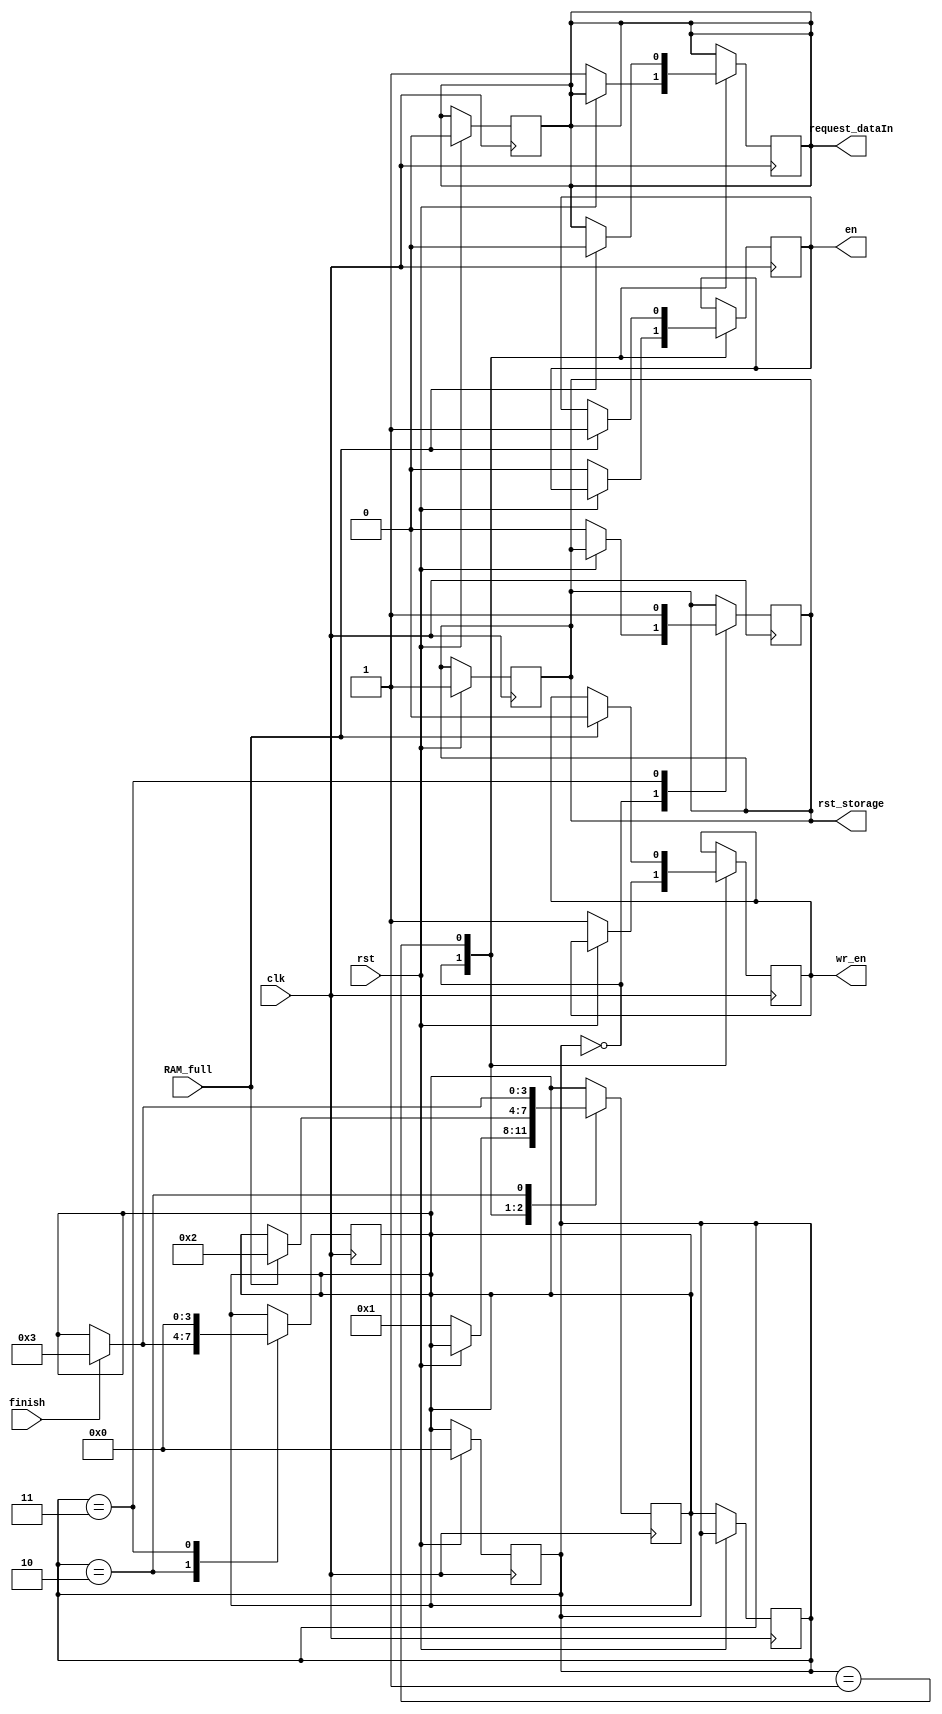
module cu(
  clk,
  rst,
  RAM_full,
  finish,
  rst_storage,
  request_dataIn,
  wr_en,
  en
);

input clk;
input rst;
input RAM_full;
input finish;
output reg rst_storage;
output reg request_dataIn;
output reg wr_en;
output reg en;

reg [3:0] CurrentState;
reg [3:0] NextState;

`define IDLE          4'd0
`define FILL_RAM      4'd1
`define DATA_OUTPUT   4'd2
`define NEXT_FRAME    4'd3

initial begin
  NextState     <= `IDLE;
  CurrentState  <= `IDLE;
end

always@(posedge clk) begin
  if(rst) begin
    CurrentState <= `IDLE;
  end
  else begin
    CurrentState <= NextState;
  end
end

always@(posedge clk) begin
  if(rst) begin
    rst_storage     <= 1'd1; 
    request_dataIn  <= 1'd0;
  end
  else begin
    CurrentState <= NextState;
  end
end

always@(posedge clk) begin
  case(CurrentState)
    `IDLE : begin
      if(!rst) begin
        NextState <= `FILL_RAM;
      end
    end
    `FILL_RAM : begin
      if(RAM_full) begin
        NextState <= `DATA_OUTPUT;
      end
    end
    `DATA_OUTPUT : begin
      if(finish) begin
        NextState <= `NEXT_FRAME;
      end
    end
    `NEXT_FRAME : begin
    end
  endcase
end

always@(posedge clk) begin
  case(CurrentState)
    `IDLE : begin
      if(!rst) begin
        rst_storage <= 1'd0;
        en          <= 1'd0;
        wr_en       <= 1'd1;
        request_dataIn <= 1'd1;
      end
    end
    `FILL_RAM : begin
      if(RAM_full) begin
        en <= 1'd1;
        wr_en <= 1'd0;
        request_dataIn <= 1'd0;
      end
    end
    `DATA_OUTPUT : begin
      if(finish)
        NextState <= `NEXT_FRAME;
    end
    `NEXT_FRAME : begin
      rst_storage <= 1'd1;
      NextState   <= `IDLE;
    end
  endcase
end

endmodule